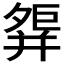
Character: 𢆢